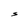
Character: S